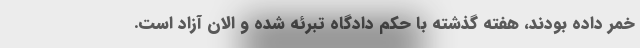
خمر داده بودند، هفته گذشته با حکم دادگاه تبرئه شده و الان آزاد است.